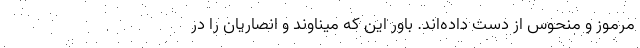
مرموز و منحوس از دست داده‌اند. باور این که میناوند و انصاریان را در